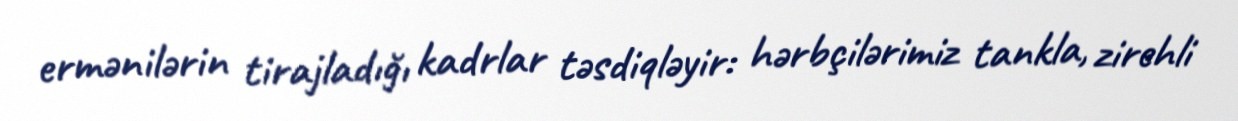
ermənilərin tirajladığı kadrlar təsdiqləyir: hərbçilərimiz tankla, zirehli